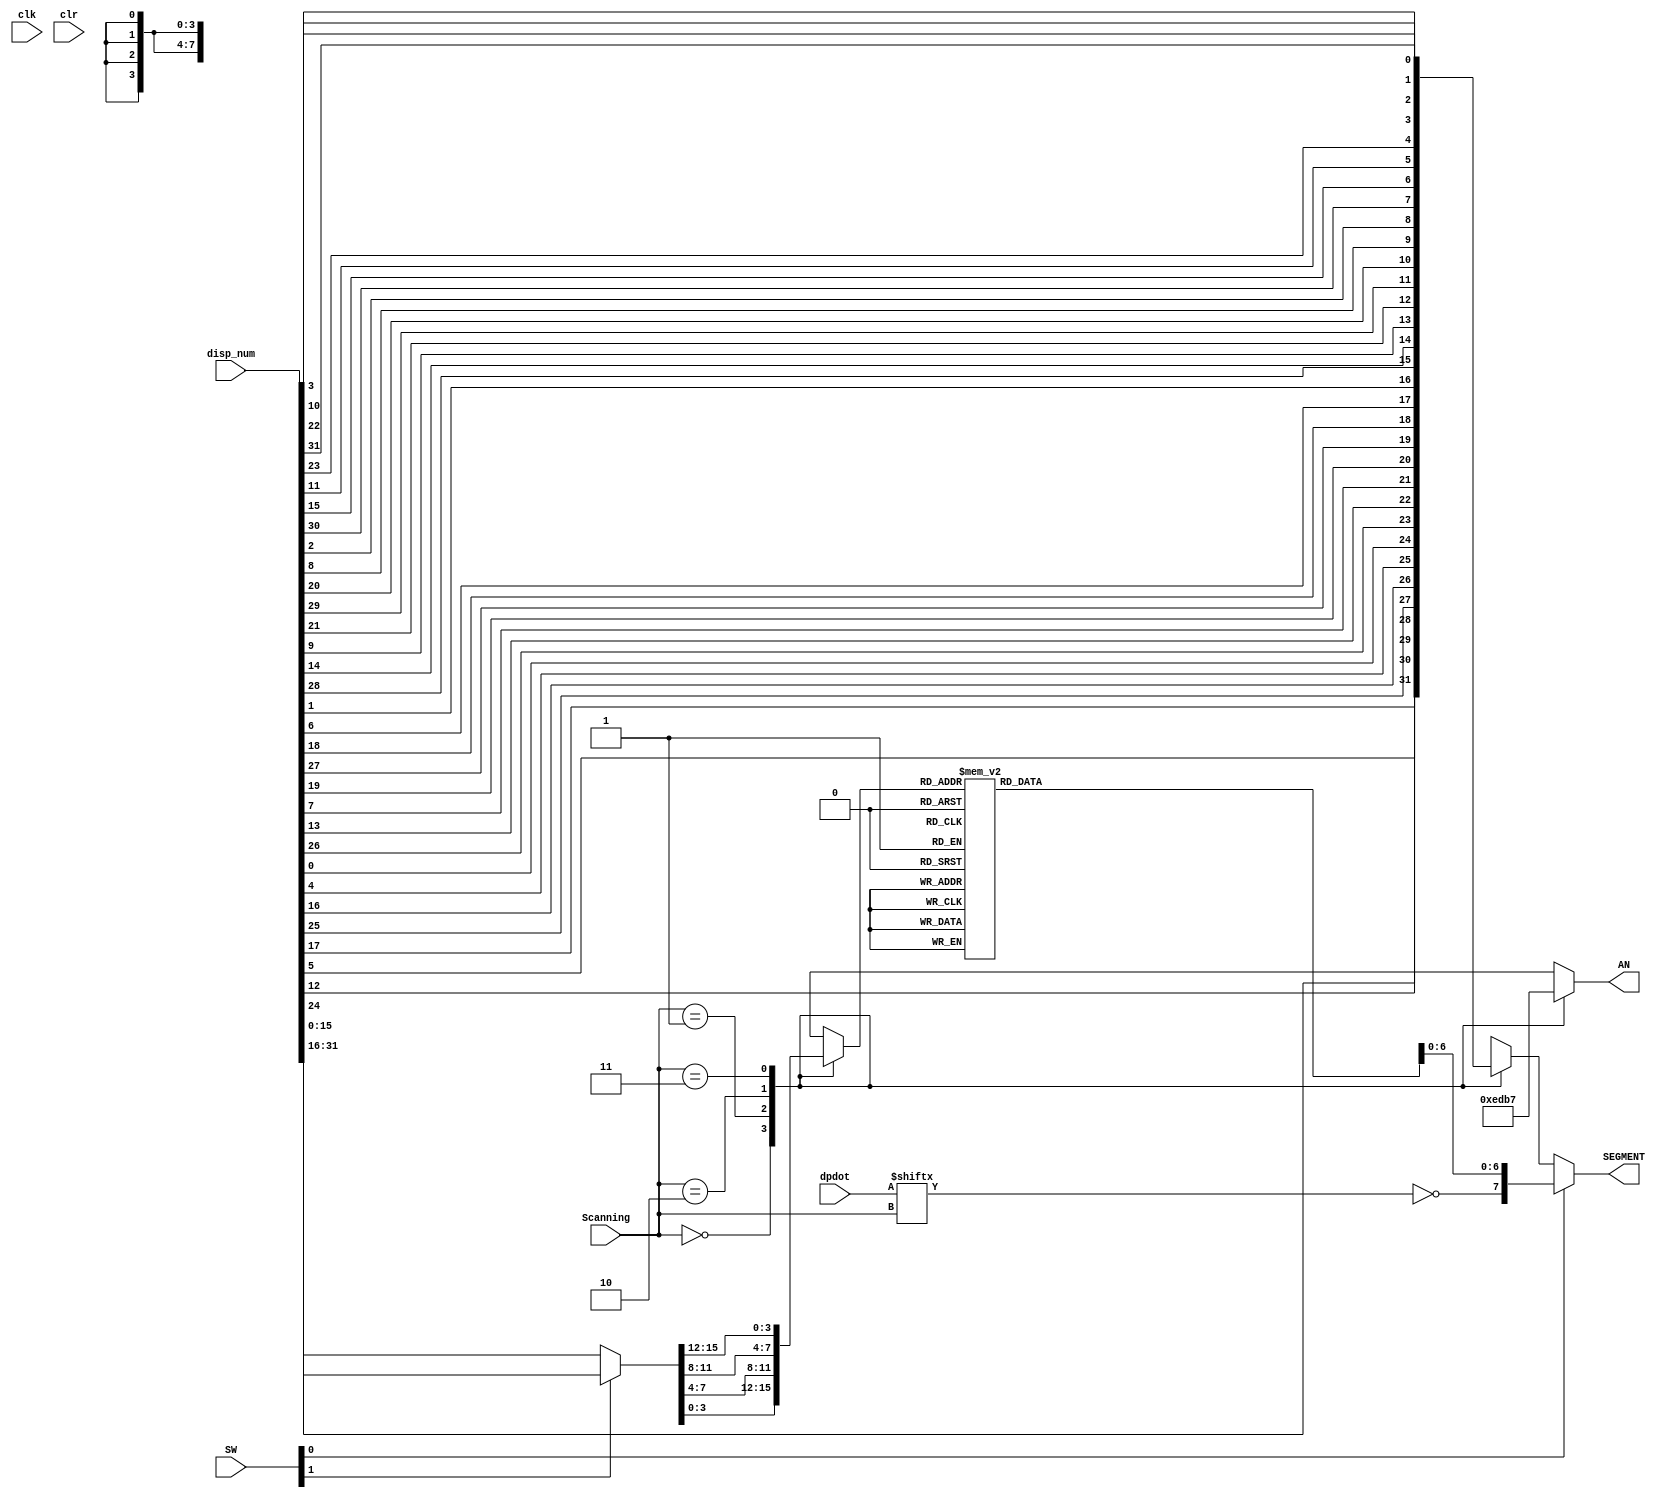
module seven_seg_2(
	input wire[31:0] disp_num,
	input clk,
	input wire clr,
	input wire[1:0]SW,
	input wire[1:0]Scanning,
	input wire [3:0] dpdot,
	output wire[7:0]SEGMENT,
	output reg[3:0]AN
    );
reg[3:0] digit;
reg[7:0] temp_seg,digit_seg;
wire[15:0] disp_current;
assign SEGMENT=SW[0]?digit_seg:temp_seg;
assign disp_current=SW[1]?disp_num[31:16]:disp_num[15:0];
always @(*)begin
	case(Scanning)
		0:begin
			digit = disp_current[3:0];
			temp_seg={disp_num[24],disp_num[12],disp_num[5],disp_num[17],
			disp_num[25],disp_num[16],disp_num[4],disp_num[0]};
			AN = 4'b1110;
		  end
		1:begin
			digit = disp_current[7:4];
			temp_seg={disp_num[26],disp_num[13],disp_num[7],disp_num[19],
			disp_num[27],disp_num[18],disp_num[6],disp_num[1]};
			AN = 4'b1101;
		  end
		2:begin
			digit = disp_current[11:8];
			temp_seg={disp_num[28],disp_num[14],disp_num[9],disp_num[21],
			disp_num[29],disp_num[20],disp_num[8],disp_num[2]};
			AN = 4'b1011;
		  end
		3:begin
			digit = disp_current[15:12];
			temp_seg={disp_num[30],disp_num[15],disp_num[11],disp_num[23],
			disp_num[31],disp_num[22],disp_num[10],disp_num[3]};
			AN = 4'b0111;
		  end
	endcase
end
always @(*)begin
	case(digit)
		0: digit_seg = 7'b1000000;
		1: digit_seg = 7'b1111001;
		2: digit_seg = 7'b0100100;
		3: digit_seg = 7'b0110000;
		4: digit_seg = 7'b0011001;
		5: digit_seg = 7'b0010010;
		6: digit_seg = 7'b0000010;
		7: digit_seg = 7'b1111000;
		8: digit_seg = 7'b0000000;
		9: digit_seg = 7'b0010000;
		'hA: digit_seg = 7'b0001000;
		'hB: digit_seg = 7'b0000011;
		'hC: digit_seg = 7'b1000110;
		'hD: digit_seg = 7'b0100001;
		'hE: digit_seg = 7'b0000110;
		'hF: digit_seg = 7'b0001110;
		default: digit_seg = 7'b1000000;
	endcase
	digit_seg[7] = ~dpdot[Scanning];
end
endmodule